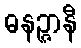
ဓနဉ္ဇာနီ